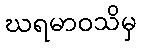
ဃရမာဝသိမှ